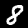
Digit: 8